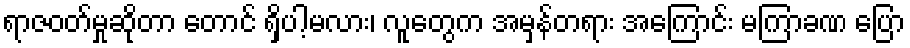
ရာဇဝတ်မှုဆိုတာ တောင် ရှိပါ့မလား၊ လူတွေက အမှန်တရား အကြောင်း မကြာခဏ ပြော